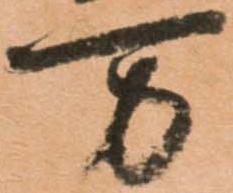
万